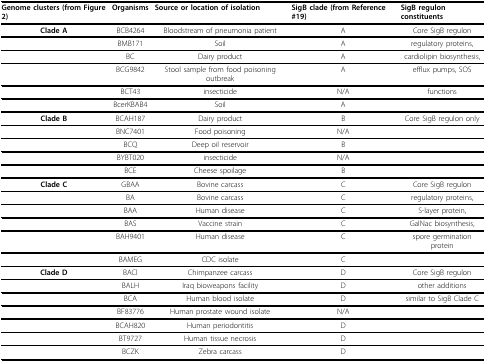
| Genome clusters (from Figure 2) | Organisms | Source or location of isolation | SigB clade (from Reference #19) | SigB regulon constituents |
 | --- | --- | --- | --- | --- |
 | Clade A | BCB4264 | Bloodstream of pneumonia patient | A | Core SigB regulon |
 |  | BMB171 | Soil | A | regulatory proteins, |
 |  | BC | Dairy product | A | cardiolipin biosynthesis, |
 |  | BCG9842 | Stool sample from food poisoning outbreak | A | efflux pumps, SOS |
 |  | BCT43 | insecticide | N/A | functions |
 |  | BcerKBAB4 | Soil | A |  |
 | Clade B | BCAH187 | Dairy product | B | Core SigB regulon only |
 |  | BNC7401 | Food poisoning | N/A |  |
 |  | BCQ | Deep oil reservoir | B |  |
 |  | BYBT020 | insecticide | N/A |  |
 |  | BCE | Cheese spoilage | B |  |
 | Clade C | GBAA | Bovine carcass | C | Core SigB regulon |
 |  | BA | Bovine carcass | C | regulatory proteins, |
 |  | BAA | Human disease | C | S-layer protein, |
 |  | BAS | Vaccine strain | C | GalNac biosynthesis, |
 |  | BAH9401 | Human disease | C | spore germination protein |
 |  | BAMEG | CDC isolate | C |  |
 | Clade D | BACl | Chimpanzee carcass | D | Core SigB regulon |
 |  | BALH | Iraq bioweapons facility | D | other additions |
 |  | BCA | Human blood isolate | D | similar to SigB Clade C |
 |  | BF83776 | Human prostate wound isolate | N/A |  |
 |  | BCAH820 | Human periodontitis | D |  |
 |  | BT9727 | Human tissue necrosis | D |  |
 |  | BCZK | Zebra carcass | D |  |